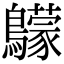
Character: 䴌